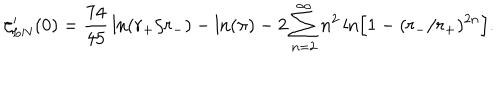
\zeta _ { L N } ^ { \prime } ( 0 ) = { \frac { 7 4 } { 4 5 } } \ln ( r _ { + } / r _ { - } ) - \ln ( \pi ) - 2 \sum _ { n = 2 } ^ { \infty } n ^ { 2 } \ln \Bigr [ 1 - ( r _ { - } / r _ { + } ) ^ { 2 n } \Bigr ] .